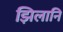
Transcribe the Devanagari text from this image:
झिलानि